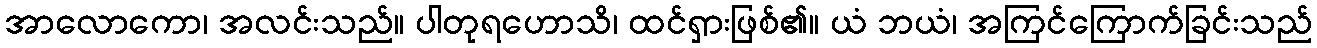
အာလောကော၊ အလင်းသည်။ ပါတုရဟောသိ၊ ထင်ရှားဖြစ်၏။ ယံ ဘယံ၊ အကြင်ကြောက်ခြင်းသည်